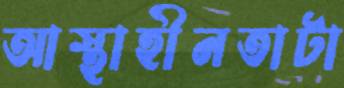
আস্থাহীনতাটা